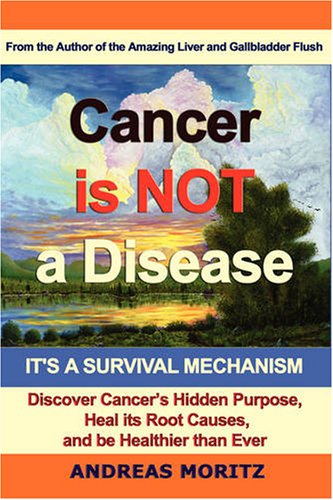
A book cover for Cancer Is Not a Disease - It's a Survival Mechanism; Andreas Moritz; Health, Fitness & Dieting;